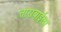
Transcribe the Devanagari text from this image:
ताराबाईला